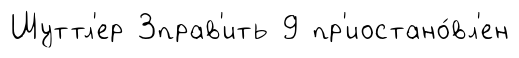
Шуттл'ер 3прав'ить 9 пр'иостано́вл'ен